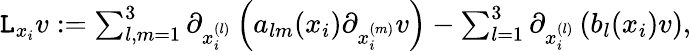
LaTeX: \begin{array}{r}{\mathtt{L}_{x_{i}}v:=\sum_{l,m=1}^{3}\partial_{x_{i}^{(l)}}\left(a_{lm}(x_{i})\partial_{x_{i}^{(m)}}v\right)-\sum_{l=1}^{3}\partial_{x_{i}^{(l)}}\left(b_{l}(x_{i})v\right),}\end{array}